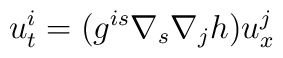
u^i_t = ( g^{is} \nabla_s \nabla_j h ) u^j_x